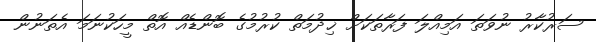
ސަރުކާރު ނުވަތަ އަމިއްލަ ފަރާތަކަށް ޚިދުމަތް ކުރުމުގެ ބޮންޑެއް އޮތް މީހަކުނަމަ އެތަނުން